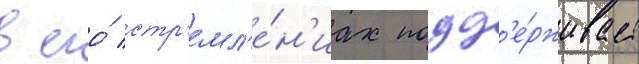
в его́ стр'емл'е́н'иах подд'е́рживает